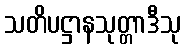
သတိပဋ္ဌာနသုတ္တာဒီသု